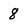
Character: 8